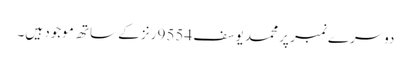
دوسرے نمبر پر محمد یوسف 9554 رنز کے ساتھ موجود ہیں۔